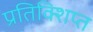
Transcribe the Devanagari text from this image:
प्रतिक्शिप्त